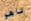
تاهو